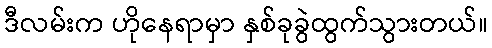
ဒီလမ်းက ဟိုနေရာမှာ နှစ်ခုခွဲထွက်သွားတယ်။